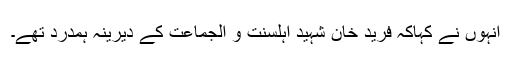
انہوں نے کہاکہ فرید خان شہید اہلسنّت و الجماعت کے دیرینہ ہمدرد تھے۔